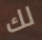
لك